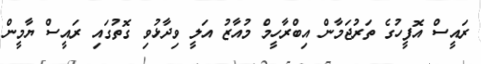
ރައީސް އޮފީހުގެ ތަރުޖަމާން އިބްރާހީމް މުއާޒު އަލީ ވިދާޅުވި ގޮތުގައި ރައީސް ޔާމީން